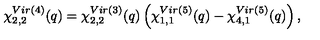
\chi _ { 2 , 2 } ^ { V i r ( 4 ) } ( q ) = \chi _ { 2 , 2 } ^ { V i r ( 3 ) } ( q ) { } \left( \chi _ { 1 , 1 } ^ { V i r ( 5 ) } ( q ) - \chi _ { 4 , 1 } ^ { V i r ( 5 ) } ( q ) \right) ,